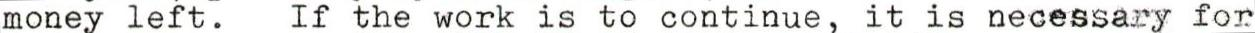
money left. If the work is to continue, it is necessary for